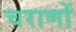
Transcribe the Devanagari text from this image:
चराणों